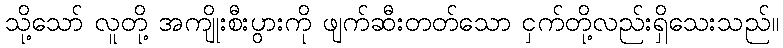
သို့သော် လူတို့ အကျိုးစီးပွားကို ဖျက်ဆီးတတ်သော ငှက်တို့လည်းရှိသေးသည်။